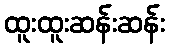
ထူးထူးဆန်းဆန်း